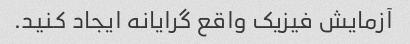
آزمایش فیزیک واقع گرایانه ایجاد کنید.